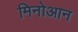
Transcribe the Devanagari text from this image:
मिनोआन